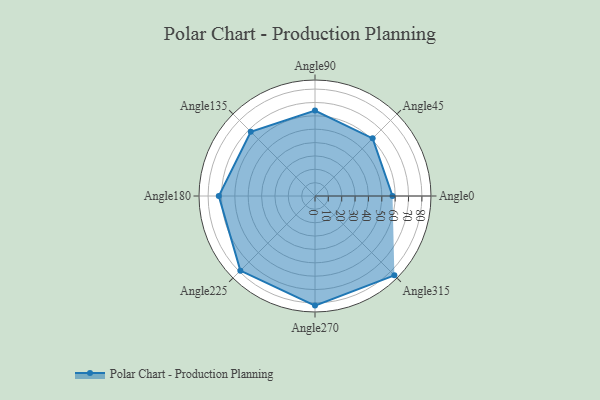
{"axis": {"x": "Angle", "y": "Radius"}, "legend": [""], "data": [{"x": "Angle0", "y": 58.0, "type": ""}, {"x": "Angle45", "y": 61.0, "type": ""}, {"x": "Angle90", "y": 64.0, "type": ""}, {"x": "Angle135", "y": 68.0, "type": ""}, {"x": "Angle180", "y": 72.0, "type": ""}, {"x": "Angle225", "y": 79.0, "type": ""}, {"x": "Angle270", "y": 82.0, "type": ""}, {"x": "Angle315", "y": 84.0, "type": ""}]}